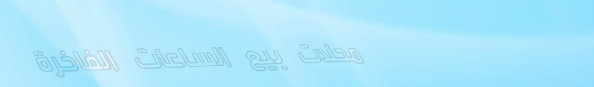
محلات بيع الساعات الفاخرة